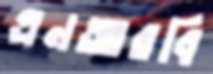
এনআরবি